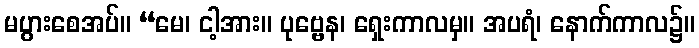
မပွားစေအပ်။ “မေ၊ ငါ့အား။ ပုဗ္ဗေန၊ ရှေးကာလမှ။ အပရံ၊ နောက်ကာလ၌။